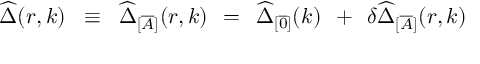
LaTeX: \widehat { \Delta } ( r , k ) \; \; \equiv \; \; \widehat { \Delta } _ { [ \overline { { { A } } } ] } ( r , k ) \; \, = \; \, \widehat { \Delta } _ { [ \overline { { { 0 } } } ] } ( k ) \; \, + \; \, \delta \widehat { \Delta } _ { [ \overline { { { A } } } ] } ( r , k )